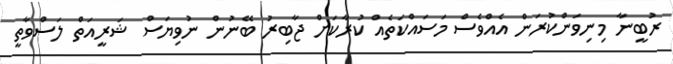
ރުބީނާ މިނިވަންކުރަން އެއްވެސް މަސައްކަތެއް ކުރާކަށް ޖާބިރު ބޭނުން ނުވިޔަސް ޝަރީއަތް ލަސްވާތީ